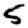
Digit: 5